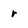
Character: r